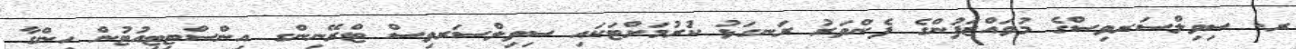
ރ. ސިވިލްސަރވިސްގެ މުވައްޒަފުންގެ ފެންވަރު ރަނގަޅު ކުރުމަށްޓަކައި ސިވިލްސަރވިސް ޓްރޭނިންގ އިންސްޓިޓިއުޓުން ހިންގާ